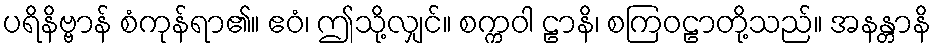
ပရိနိဗ္ဗာန် စံကုန်ရာ၏။ ဧဝံ၊ ဤသို့လျှင်။ စက္ကဝါ ဠာနိ၊ စကြဝဠာတို့သည်။ အနန္တာနိ